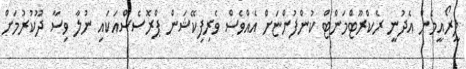
ލީރޯއީމެން އެދުނީ ރެކްރޫޓްމަންޓް ކުންފުންޏަށް އެއްވެސް ވެރިފިކޭޝަން ޕްރޮސެސްއަކައި ނުލާ ވިސާ ދޫކުރުމަށް